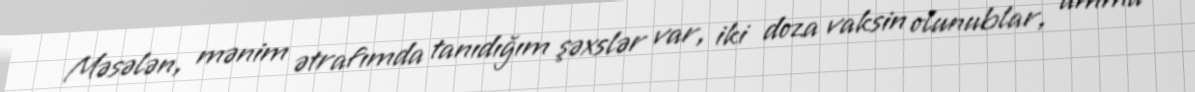
Məsələn, mənim ətrafımda tanıdığım şəxslər var, iki doza vaksin olunublar, amma